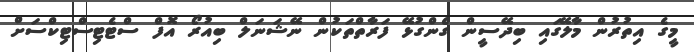
މީގެ އިތުރުން މާލޭގައި ބިދޭސީން ގެންގުޅޭ ފަރާތްތަކުން ނޭޝަނަލް ބިއުރޯ އޮފް ސްޓެޓިސްޓިކްސަށް